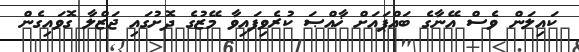
ކައިލަން ވެސް އޭނާގެ ބައްޕައަށް ޚާއްޞަ ކުރެވިފައިވާ މޭޒުގެ ދޮށުގައި ޖަޒްލާ ގޮވައިގެން